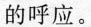
的呼应。